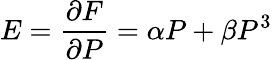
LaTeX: E=\frac{\partial F}{\partial P}=\alpha P+\beta P^{3}